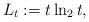
LaTeX: \begin{align*}L_t := t \ln_2 t,\end{align*}